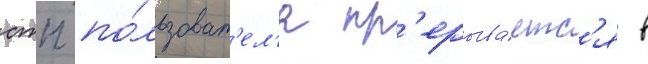
стп по́льзоват'ел'я пр'ерыва́етс'я в